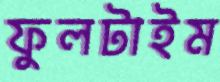
ফুলটাইম